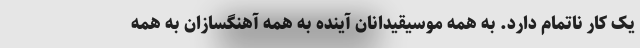
یک کار ناتمام دارد. به همه موسیقیدانان آینده به همه آهنگسازان به همه